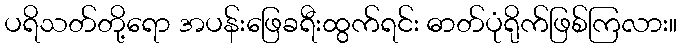
ပရိသတ်တို့ရော အပန်းဖြေခရီးထွက်ရင်း ဓာတ်ပုံရိုက်ဖြစ်ကြလား။